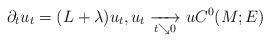
LaTeX: \begin{align*} \partial_t u_t = (L+\lambda) u_t, u_t \xrightarrow[t \searrow 0]{} u C^0(M;E) \end{align*}